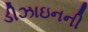
ડીઝાઇનની